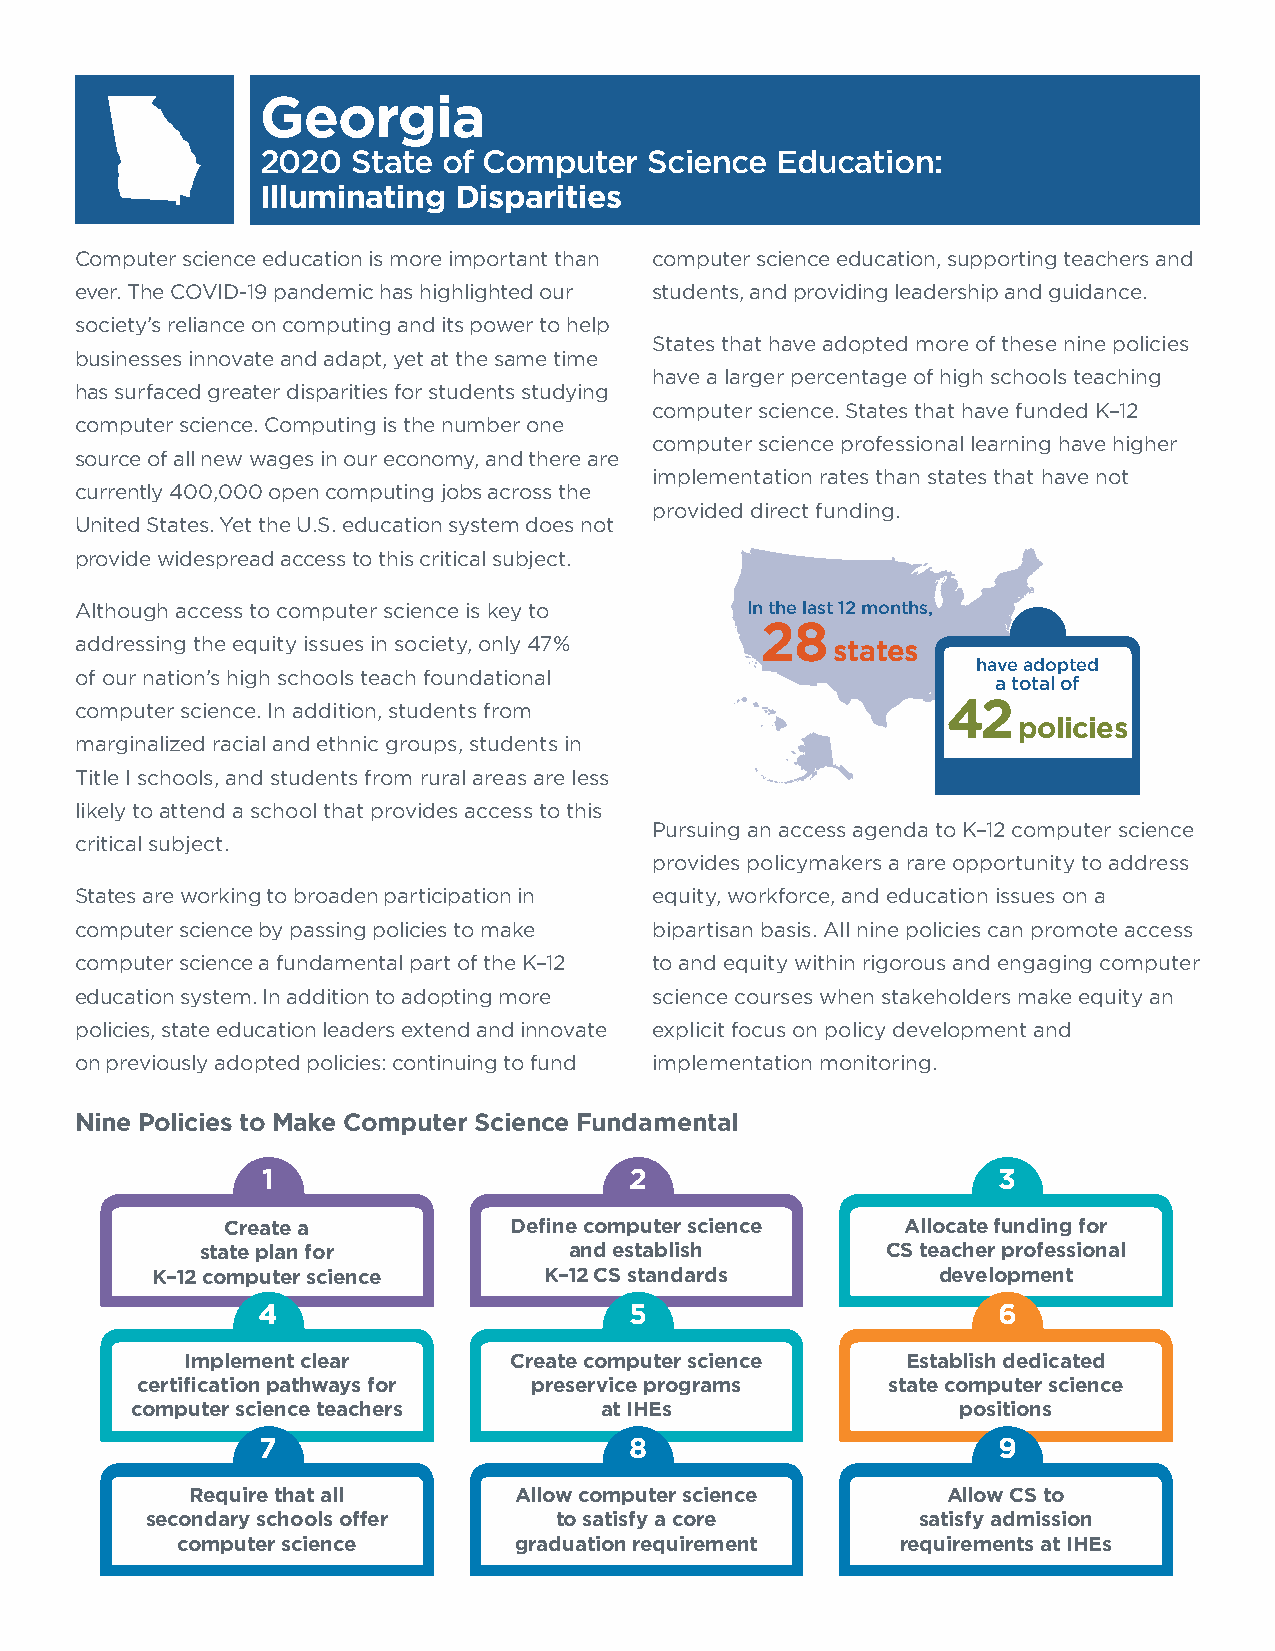
Georgia
 2020  State of Computer   Science Education:
 Illuminating Disparities
 Computer science education is more important than computer science education, supporting teachers and
 ever. The COVID-19 pandemic has highlighted our students, and providing leadership and guidance.
 society’s reliance on computing and its power to help
 States that have adopted more of these nine policies
 businesses innovate and adapt, yet at the same time
 have a larger percentage of high schools teaching
 has surfaced greater disparities for students studying
 computer science. States that have funded K–12
 computer science. Computing is the number one
 computer science professional learning have higher
 source of all new wages in our economy, and there are
 implementation rates than states that have not
 currently 400,000 open computing jobs across the
 provided direct funding.
 United States. Yet the U.S. education system does not
 provide widespread access to this critical subject.
 Although access to computer science is key to In the last 12 months,
 28
 addressing the equity issues in society, only 47% states
 have adopted
 of our nation’s high schools teach foundational
 a total of
 computer science. In addition, students from              42
 policies
 marginalized racial and ethnic groups, students in
 Title I schools, and students from rural areas are less
 likely to attend a school that provides access to this
 Pursuing an access agenda to K–12 computer science
 critical subject.
 provides policymakers a rare opportunity to address
 States are working to broaden participation in equity, workforce, and education issues on a
 computer science by passing policies to make bipartisan basis. All nine policies can promote access
 computer science a fundamental part of the K–12 to and equity within rigorous and engaging computer
 education system. In addition to adopting more science courses when stakeholders make equity an
 policies, state education leaders extend and innovate explicit focus on policy development and
 on previously adopted policies: continuing to fund implementation monitoring.
 Nine Policies to Make Computer Science Fundamental
 1                        2                       3
 Create a           Define computer science   Allocate funding for
 state plan for           and establish        CS teacher professional
 K–12 computer science     K–12 CS standards         development
 4                        5                       6
 Implement clear       Create computer science   Establish dedicated
 certification pathways for preservice programs    state computer science
 computer science teachers      at IHEs                 positions
 7                        8                       9
 Require that all     Allow computer science       Allow CS to
 secondary schools offer    to satisfy a core       satisfy admission
 computer science      graduation requirement    requirements at IHEs